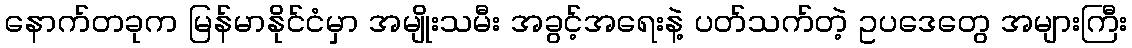
နောက်တခုက မြန်မာနိုင်ငံမှာ အမျိုးသမီး အခွင့်အရေးနဲ့ ပတ်သက်တဲ့ ဥပဒေတွေ အများကြီး